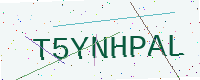
Text: T5YNHPAL